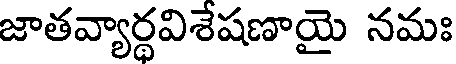
జాతవ్యార్థవిశేషణాయై నమః